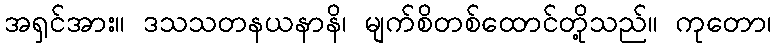
အရှင်အား။ ဒသသတနယနာနိ၊ မျက်စိတစ်ထောင်တို့သည်။ ကုတော၊